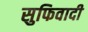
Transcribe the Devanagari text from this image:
सुफिवादी